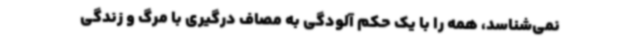
نمی‌شناسد، همه را با یک حکم آلودگی به مصاف درگیری با مرگ و زندگی